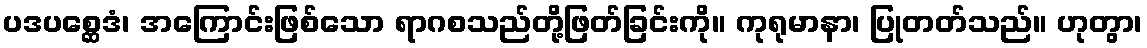
ပဒပစ္ဆေဒံ၊ အကြောင်းဖြစ်သော ရာဂစသည်တို့ဖြတ်ခြင်းကို။ ကုရုမာနာ၊ ပြုတတ်သည်။ ဟုတွာ၊